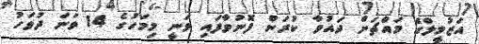
އަޒުމީލްގެ މައްޗަށް ދައުވާ ކުރަން ފޮނުވާފައި ވަނީ މިމަހުގެ 14 ވަނަ ދުވަހު